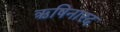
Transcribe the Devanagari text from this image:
ऋषिनारद